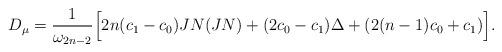
LaTeX: \begin{align*} D_{\mu}=\frac{1}{\omega_{2n-2}} \Big[ 2n(c_1-c_0)JN(JN )+(2c_0-c_1)\Delta +(2(n-1)c_0+c_{1})\Big]. \end{align*}